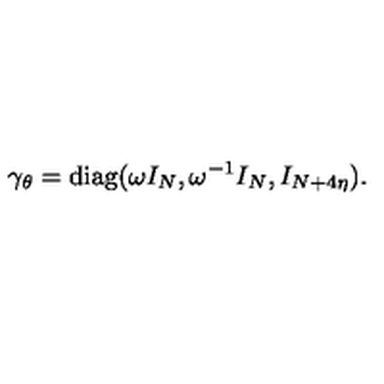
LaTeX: \gamma _ { \theta } = \mathrm { d i a g } ( \omega I _ { N } , \omega ^ { - 1 } I _ { N } , I _ { N + 4 \eta } ) .